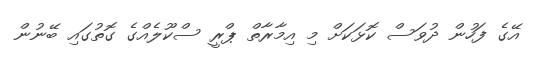
އޭގެ ފަހުން ދުވަސް ކޮޅަކަށް މި އިމާރާތް ޕްރީ ސްކޫލެއްގެ ގޮތުގައި ބޭނުން